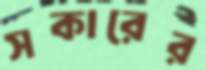
সকারের